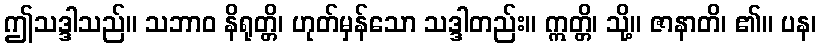
ဤသဒ္ဒါသည်။ သဘာဝ နိရုတ္တိ၊ ဟုတ်မှန်သော သဒ္ဒါတည်း။ ဣတ္တိ၊ သို့။ ဇာနာတိ၊ ၏။ ပန၊